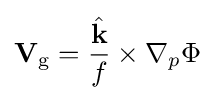
\mathbf {V} _{\mathrm {g} }={\frac {\hat {\mathbf {k} }}{f}}\times \nabla _{p}\Phi